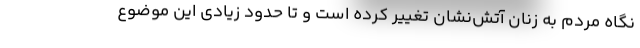
نگاه مردم به زنان آتش‌نشان تغییر کرده است و تا حدود زیادی این موضوع